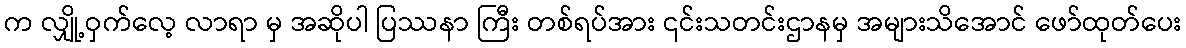
က လျှို့ဝှက်လေ့ လာရာ မှ အဆိုပါ ပြဿနာ ကြီး တစ်ရပ်အား ၎င်းသတင်းဌာနမှ အများသိအောင် ဖော်ထုတ်ပေး